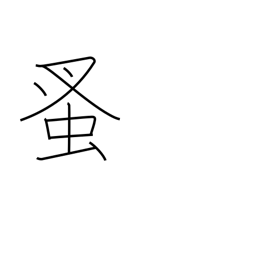
Meaning: flea